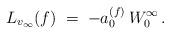
LaTeX: \begin{align*} L_{v_\infty}(f)\;=\;-a_0^{(f)}\,W_0^{\infty}\,.\end{align*}